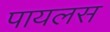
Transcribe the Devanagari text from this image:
पायलस